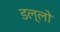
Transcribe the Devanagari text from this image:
डल्लो